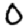
Digit: 0